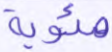
مئوية